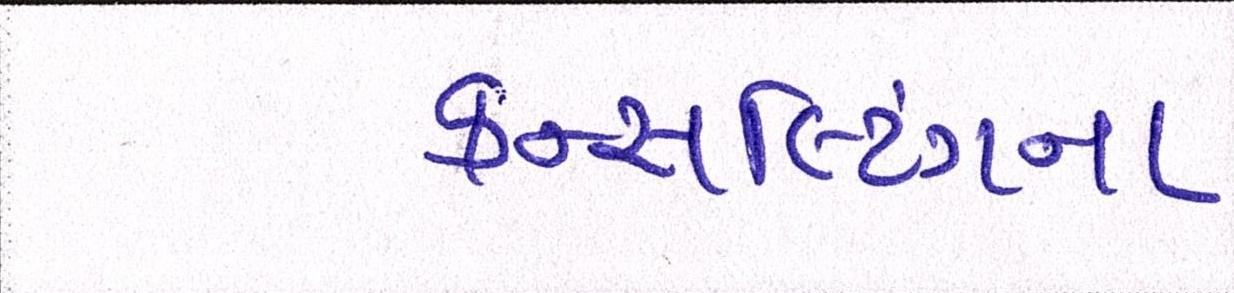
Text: કન્સલ્ટિંગના